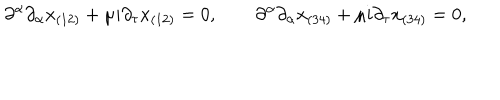
\partial ^ { \alpha } \partial _ { \alpha } x _ { ( 1 2 ) } + \mu i \partial _ { \tau } x _ { ( 1 2 ) } = 0 , \qquad \partial ^ { \alpha } \partial _ { \alpha } x _ { ( 3 4 ) } + \mu i \partial _ { \tau } x _ { ( 3 4 ) } = 0 ,